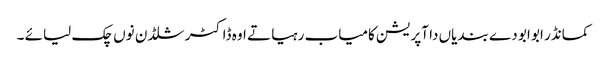
کمانڈر ابو ابو دے بندیاں دا آپریشن کامیاب رہیا تے اوہ ڈاکٹر شلڈن نوں چک لیائے ۔